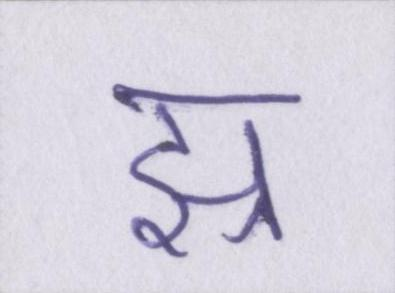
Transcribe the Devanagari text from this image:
झ्र